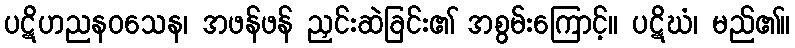
ပဋိဟညနဝသေန၊ အဖန်ဖန် ညှင်းဆဲခြင်း၏ အစွမ်းကြောင့်။ ပဋိဃံ၊ မည်၏။